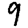
Digit: 9